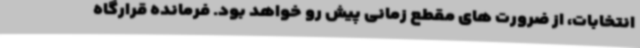
انتخابات، از ضرورت های مقطع زمانی پیش رو خواهد بود. فرمانده قرارگاه